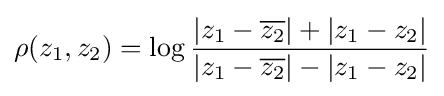
\rho (z_{1},z_{2})=\log {\frac {|z_{1}-{\overline {z_{2}}}|+|z_{1}-z_{2}|}{|z_{1}-{\overline {z_{2}}}|-|z_{1}-z_{2}|}}